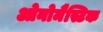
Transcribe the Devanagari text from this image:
ओनोमैस्टिक